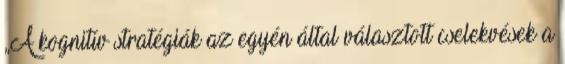
„A kognitív stratégiák az egyén által választott cselekvések a